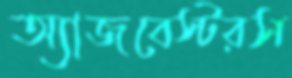
অ্যাজবেস্টরস